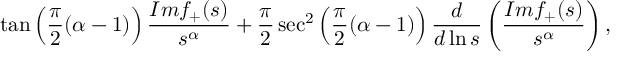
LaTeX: \tan \left( \frac { \pi } { 2 } ( \alpha - 1 ) \right) \frac { I m f _ { + } ( s ) } { s ^ { \alpha } } + \frac { \pi } { 2 } \sec ^ { 2 } \left( \frac { \pi } { 2 } ( \alpha - 1 ) \right) \frac { d } { d \ln s } \left( \frac { I m f _ { + } ( s ) } { s ^ { \alpha } } \right) ,